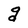
Character: g